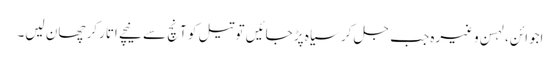
اجوائن، لہسن وغیرہ جب جل کر سیاہ پڑ جائیں تو تیل کو آنچ سے نیچے اتارکر چھان لیں۔